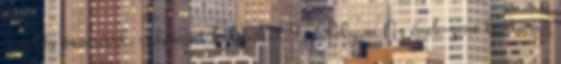
zenélés örömével, valamint kulcsokat 9. évfolyam Az ének-zene tantárgy